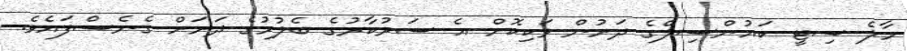
މާލެ ސިޓީ ކައުންސިލްގެ ދަށުން ވަކިކޮށް އެ ސަރުކާރުގެ ބެލުމުގެ ދަށަށް ގެނެސްފައެވެ.